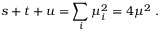
s + t + u = \sum _ { i } \mu _ { i } ^ { 2 } = 4 \mu ^ { 2 } \; .